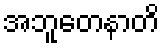
အဘူတေနာတိ